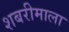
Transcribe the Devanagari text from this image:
शबरीमाला